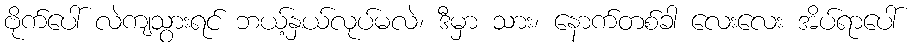
ဗိုက်ပေါ် လဲကျသွားရင် ဘယ့်နှယ်လုပ်မလဲ၊ ဒီမှာ သား၊ နောက်တစ်ခါ လေးလေး အိပ်ရာပေါ်